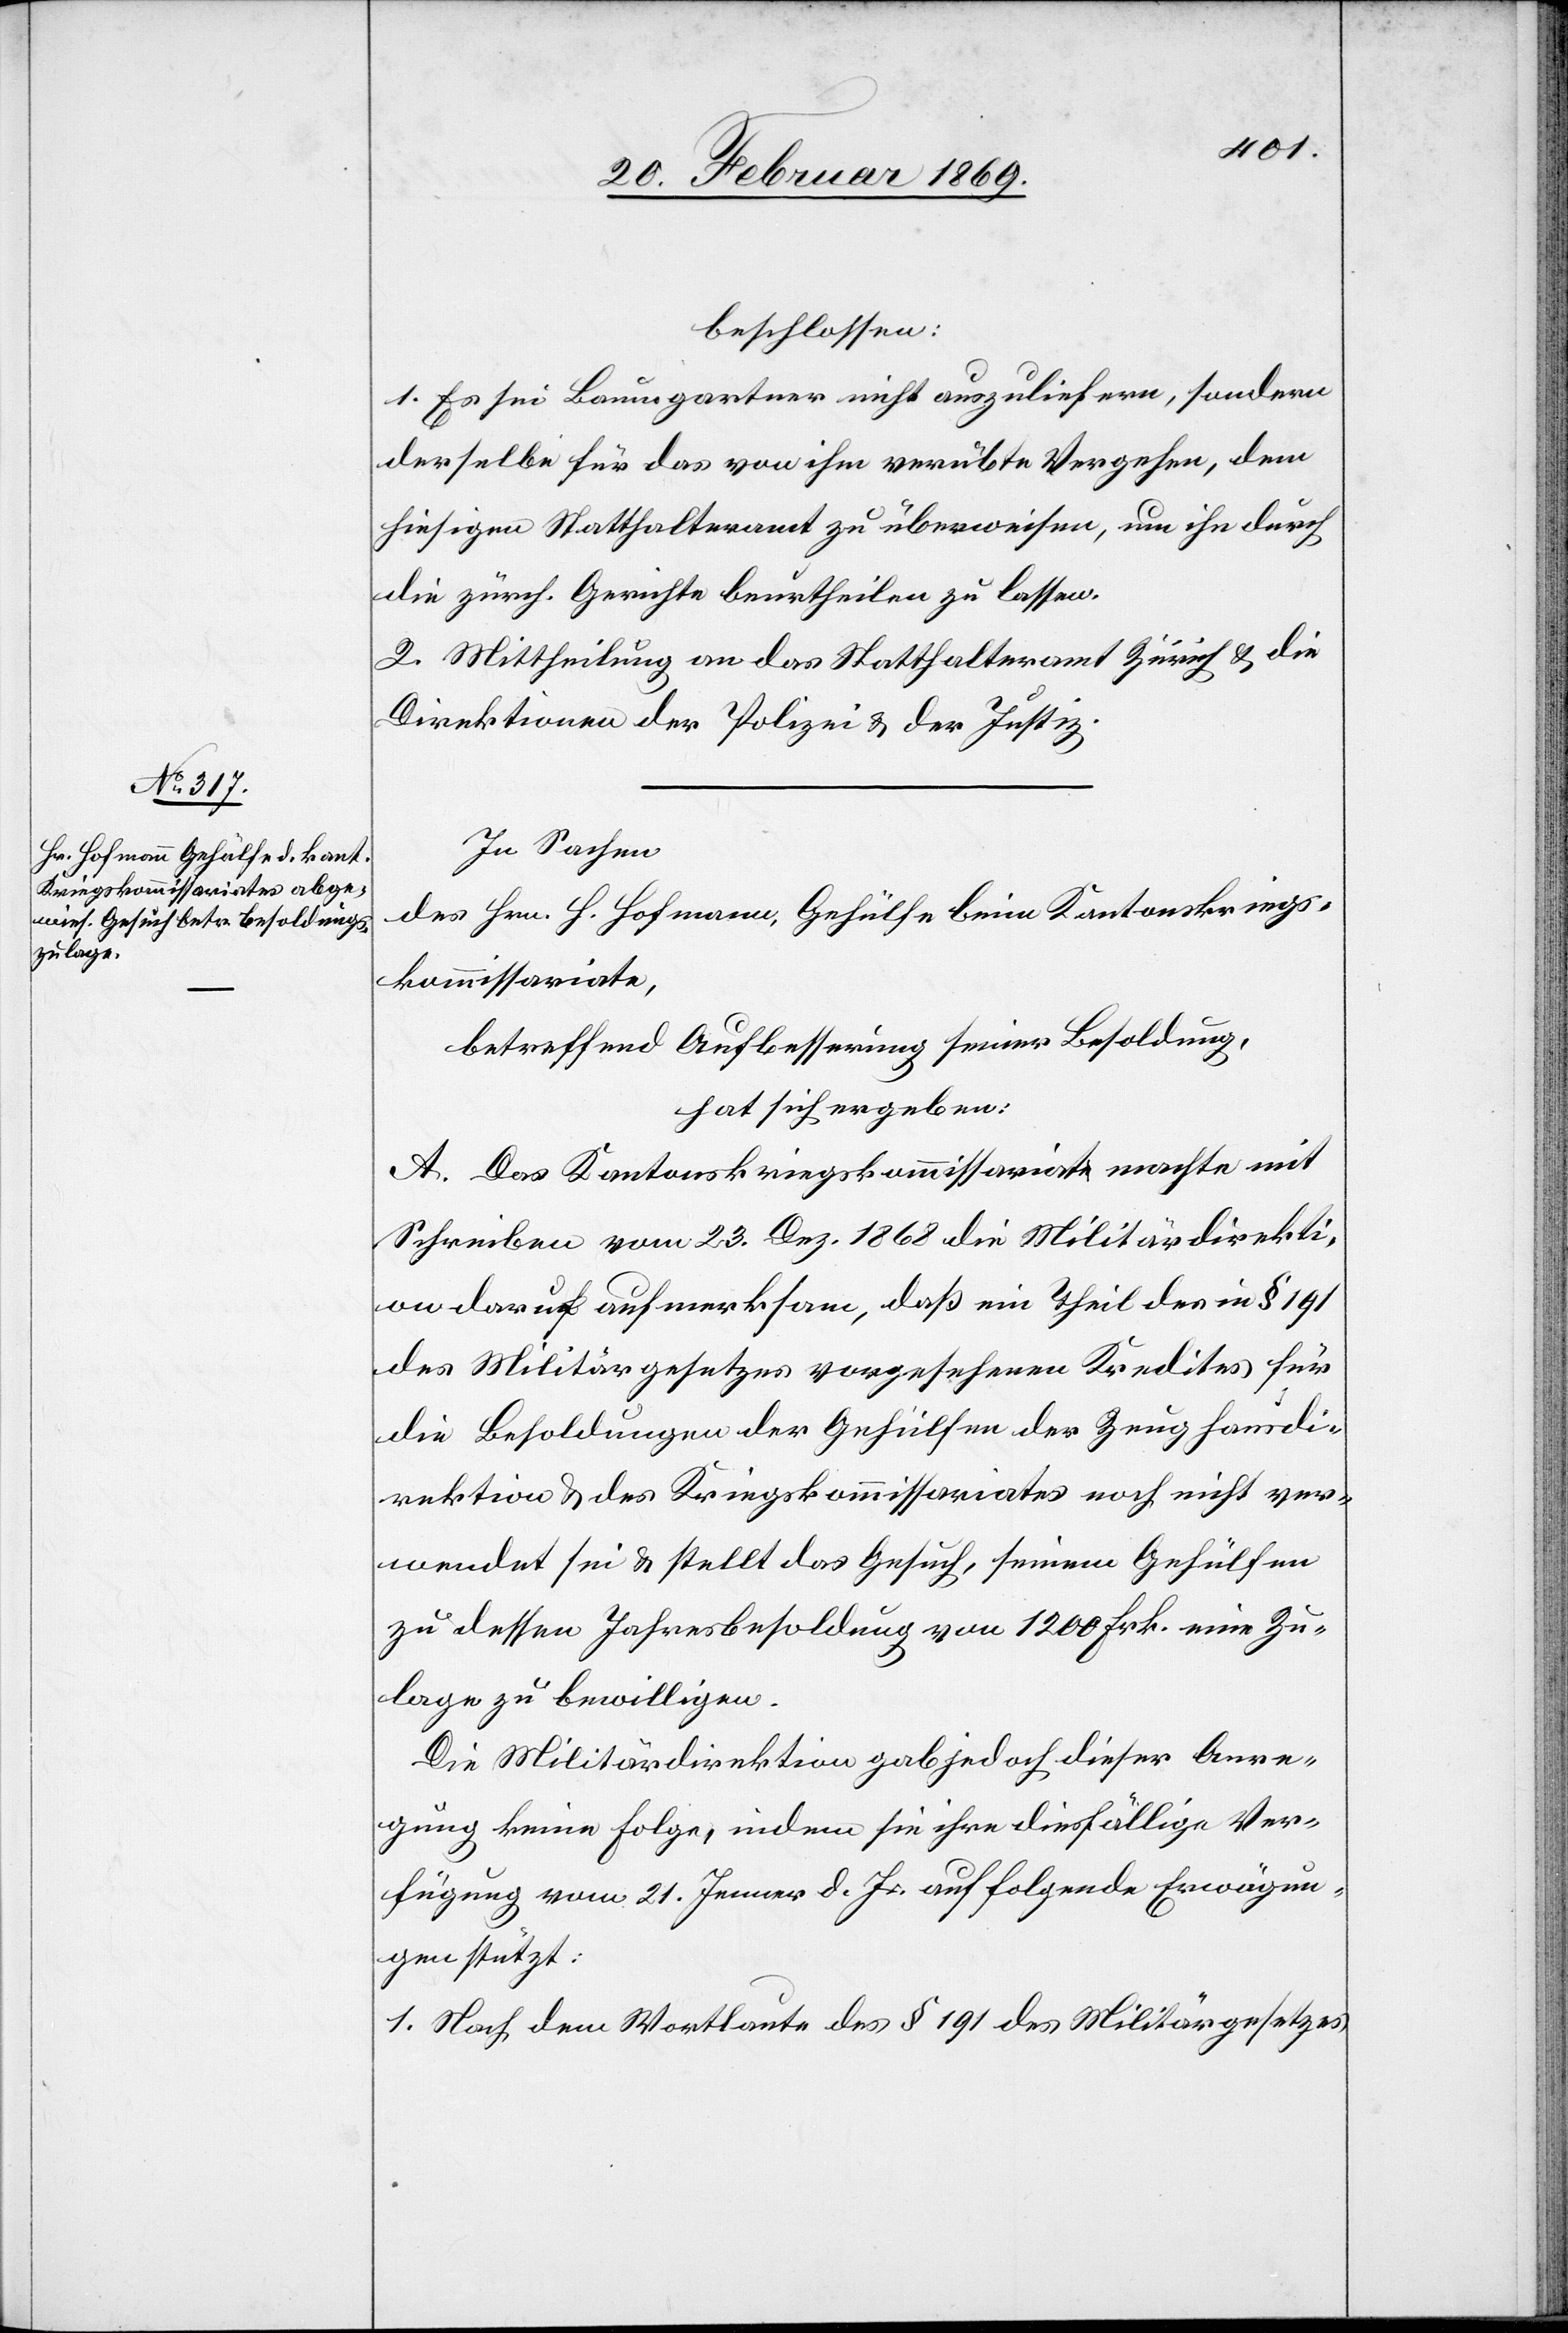
beschlossen:
1. Es sei Baumgartner nicht auszuliefern, sondern
derselbe für das von ihm verübte Vergehen, dem
hiesigen Statthalteramt zu überweisen, um ihn durch
die zürch. Gerichte beurtheilen zu lassen.
2. Mittheilung an das Statthalteramt Zürich & die
Direktionen der Polizei u. der Justiz.
In Sachen
des Hrn. H. Hofmann, Gehülfe beim Kantonskriegs¬
kommissariate,
betreffend Aufbesserung seiner Besoldung,
hat sich ergeben:
A. Das Kantonskriegskommissariat machte mit
Schreiben vom 23. Dez. 1868 die Militärdirekti¬
on darauf aufmerksam, daß ein Theil der in § 191
des Militärgesetzes vorgesehenen Kredits für
die Besoldungen der Gehülfen der Zeughausdi¬
rektion & des Kriegskommissariates noch nicht ver¬
wendet sei u. stellt das Gesuch, seinen Gehülfen
zu dessen Jahresbesoldung von 1200 Frk. eine Zu¬
lage zu bewilligen.
Die Militärdirektion gab jedoch dieser Anre¬
gung keine Folge, indem sie ihre diesfällige Ver¬
fügung vom 21. Jenner d. Js. auf folgende Erwägun¬
gen stützt:
1. Nach dem Wortlaute des § 191 des Militärgesetzes